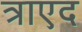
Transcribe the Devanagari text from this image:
त्राएद